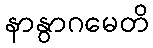
နာနွာဂမေတိ